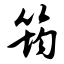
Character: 筠